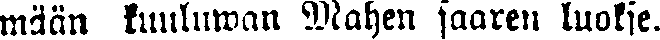
mäan kuuluwan Mahen saaren luokse.